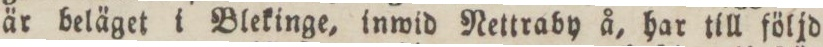
är beläget i Blekinge, inwid Nettraby å, har till följd